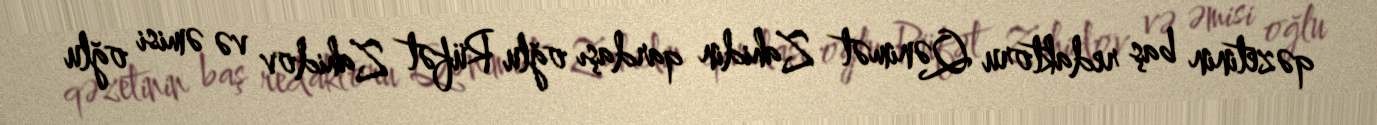
qəzetinin baş redaktoru Qənimət Zahidin qardaşı oğlu Rüfət Zahidov və əmisi oğlu